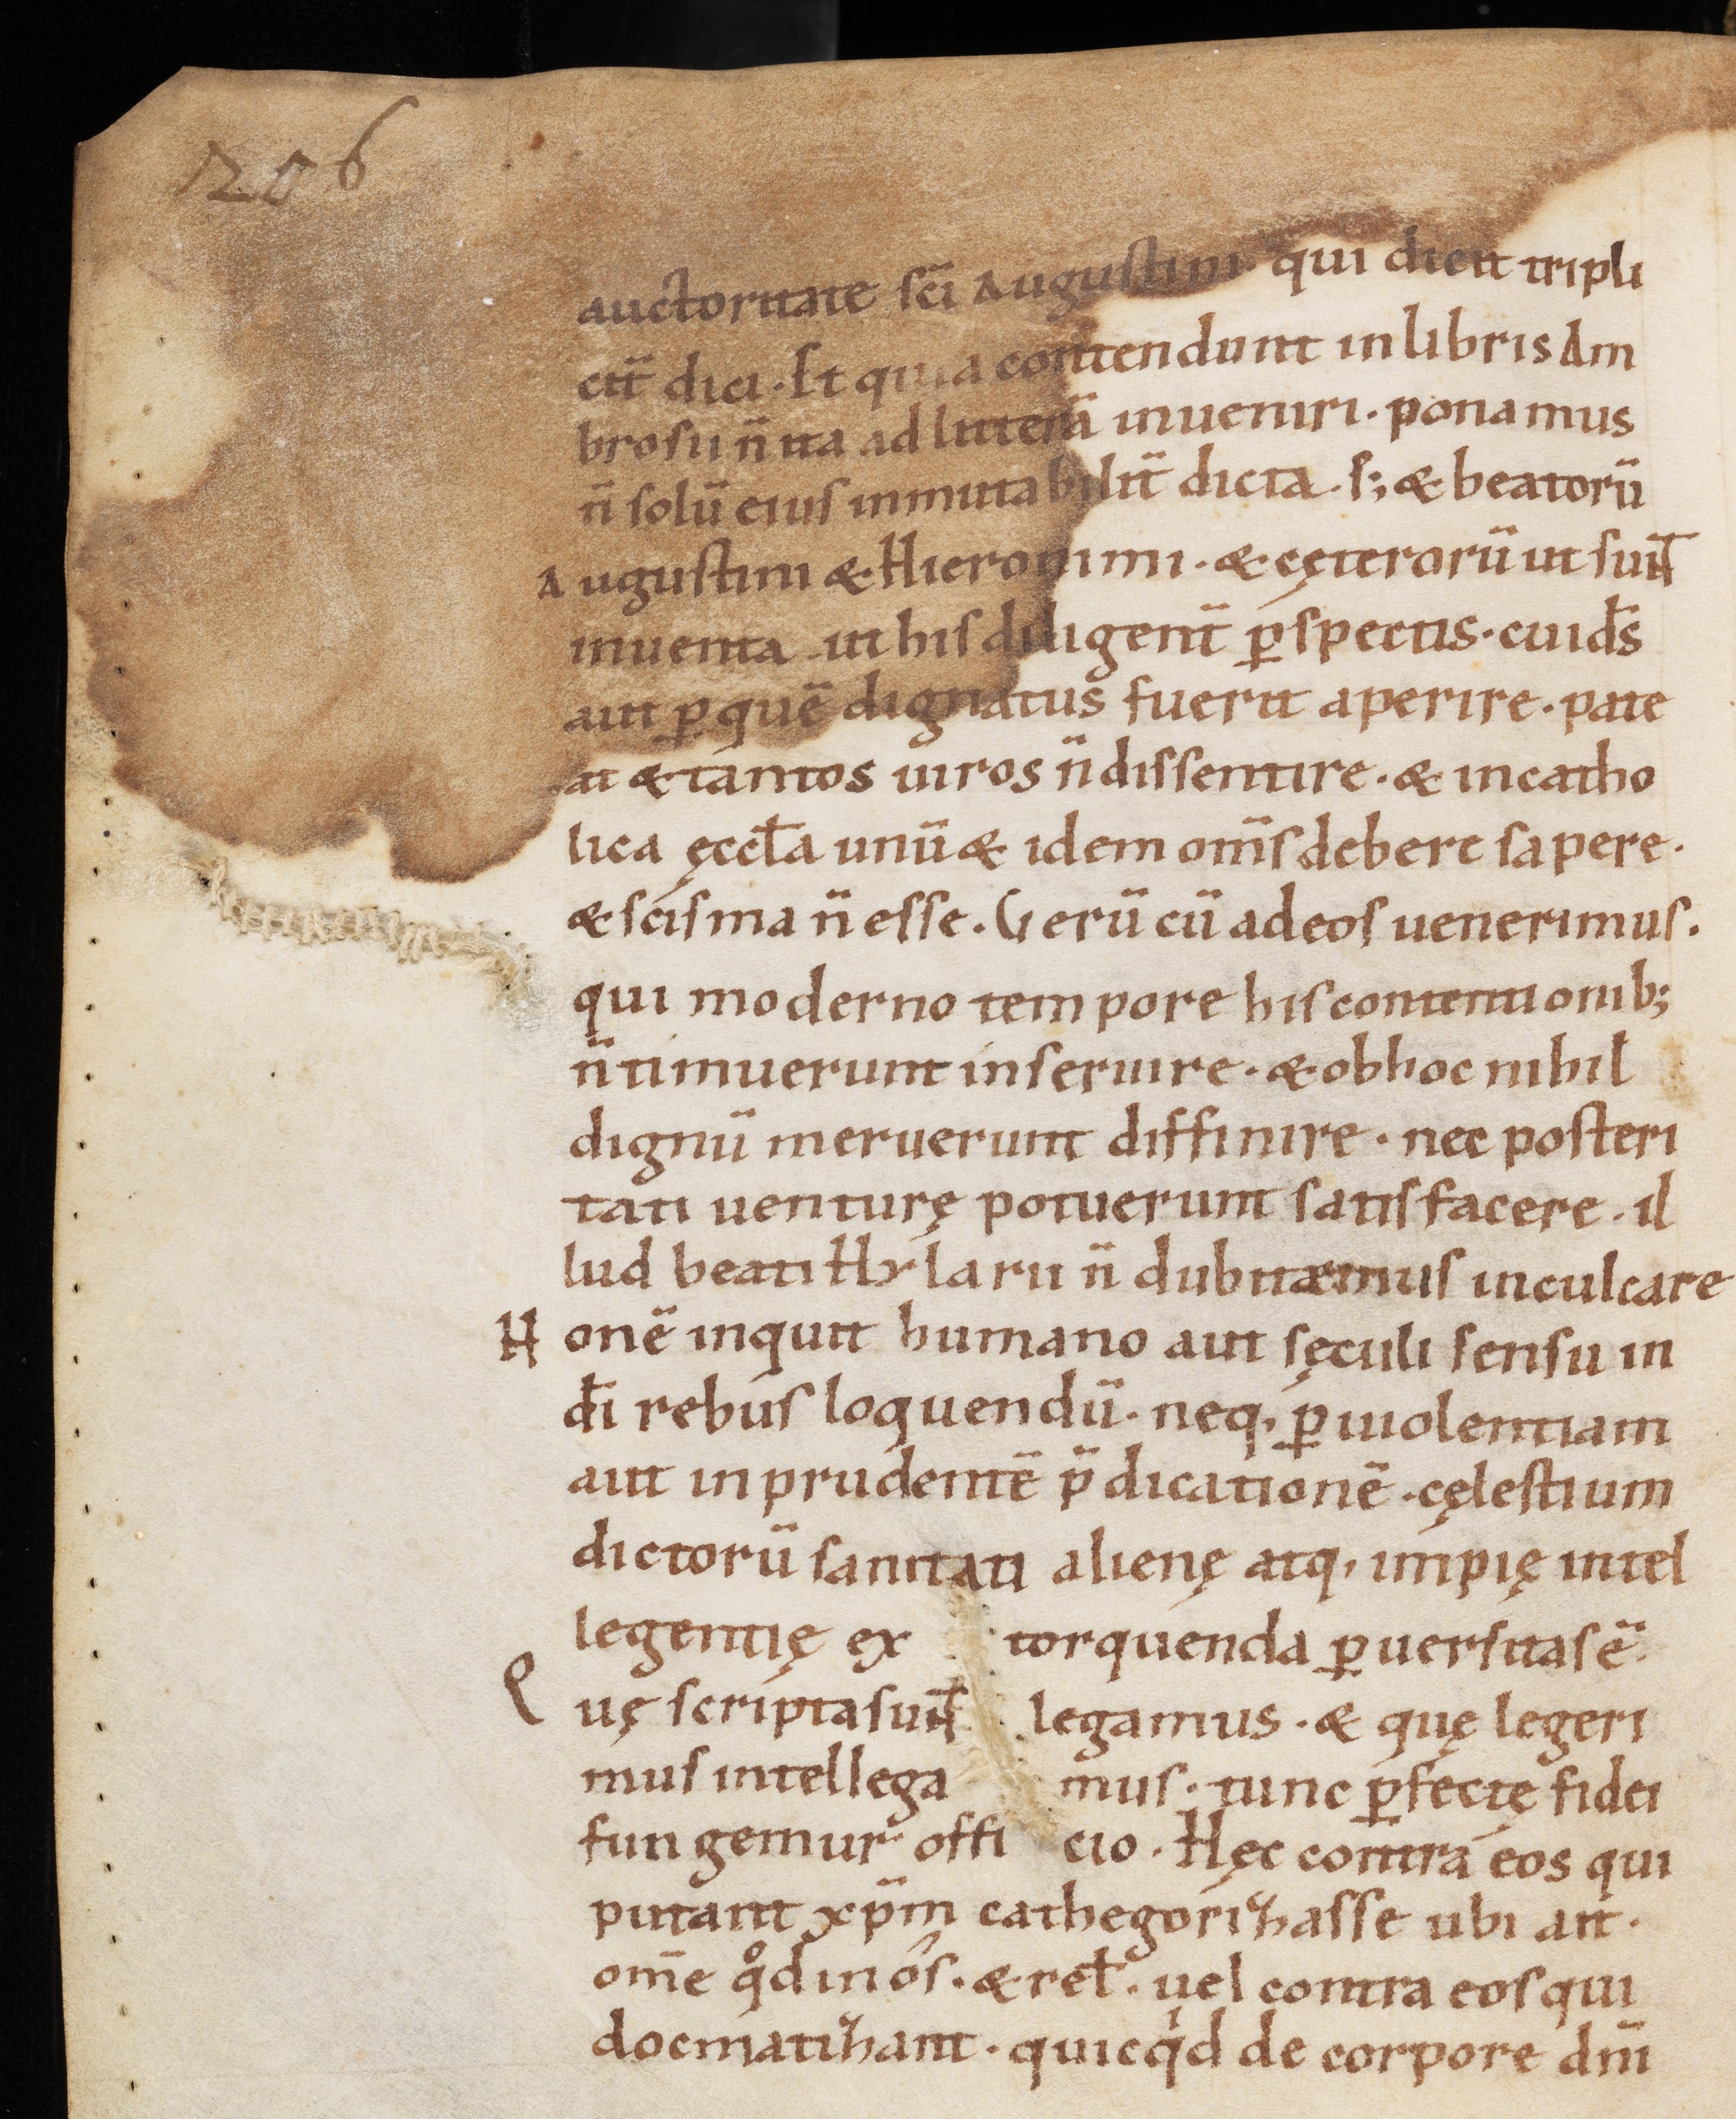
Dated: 1000–1099